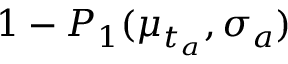
1 - P _ { 1 } ( \mu _ { t _ { a } } , \sigma _ { a } )